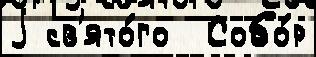
j св'ято́го  Собо́р